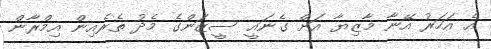
އެ އަހަރު އޭނާ މާޒިޔާ އަށް ގެނައީ ސީޒަންގެ މެދު ތެރެއިން އިމްރާން